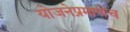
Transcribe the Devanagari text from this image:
योजनेप्रमाणेच